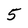
Character: 5